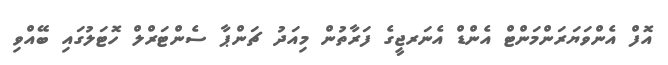
އޮފް އެންވަޔަރަންމަންޓް އެންޑް އެނަރޖީގެ ފަރާތުން މިއަދު ޗަންޕާ ސެންޓަރްލް ހޮޓަލުގައި ބޭއްވި